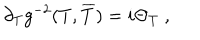
LaTeX: \partial _ { T } g ^ { - 2 } ( T , \overline { { { T } } } ) = i \Theta _ { T } \ ,